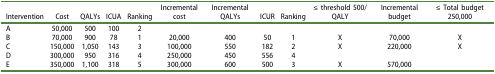
| Intervention | Cost | QALYs | ICUA | Ranking | Incremental cost | Incremental QALYs | ICUR | Ranking | ≤ threshold 500/QALY | Incremental budget | ≤ Total budget 250,000 |
 | --- | --- | --- | --- | --- | --- | --- | --- | --- | --- | --- | --- |
 | A | 50,000 | 500 | 100 | 2 |  |  |  |  |  |  |  |
 | B | 70,000 | 900 | 78 | 1 | 20,000 | 400 | 50 | 1 | X | 70,000 | X |
 | C | 150,000 | 1,050 | 143 | 3 | 100,000 | 550 | 182 | 2 | X | 220,000 | X |
 | D | 300,000 | 950 | 316 | 4 | 250,000 | 450 | 556 | 4 |  |  |  |
 | E | 350,000 | 1,100 | 318 | 5 | 300,000 | 600 | 500 | 3 | X | 570,000 |  |